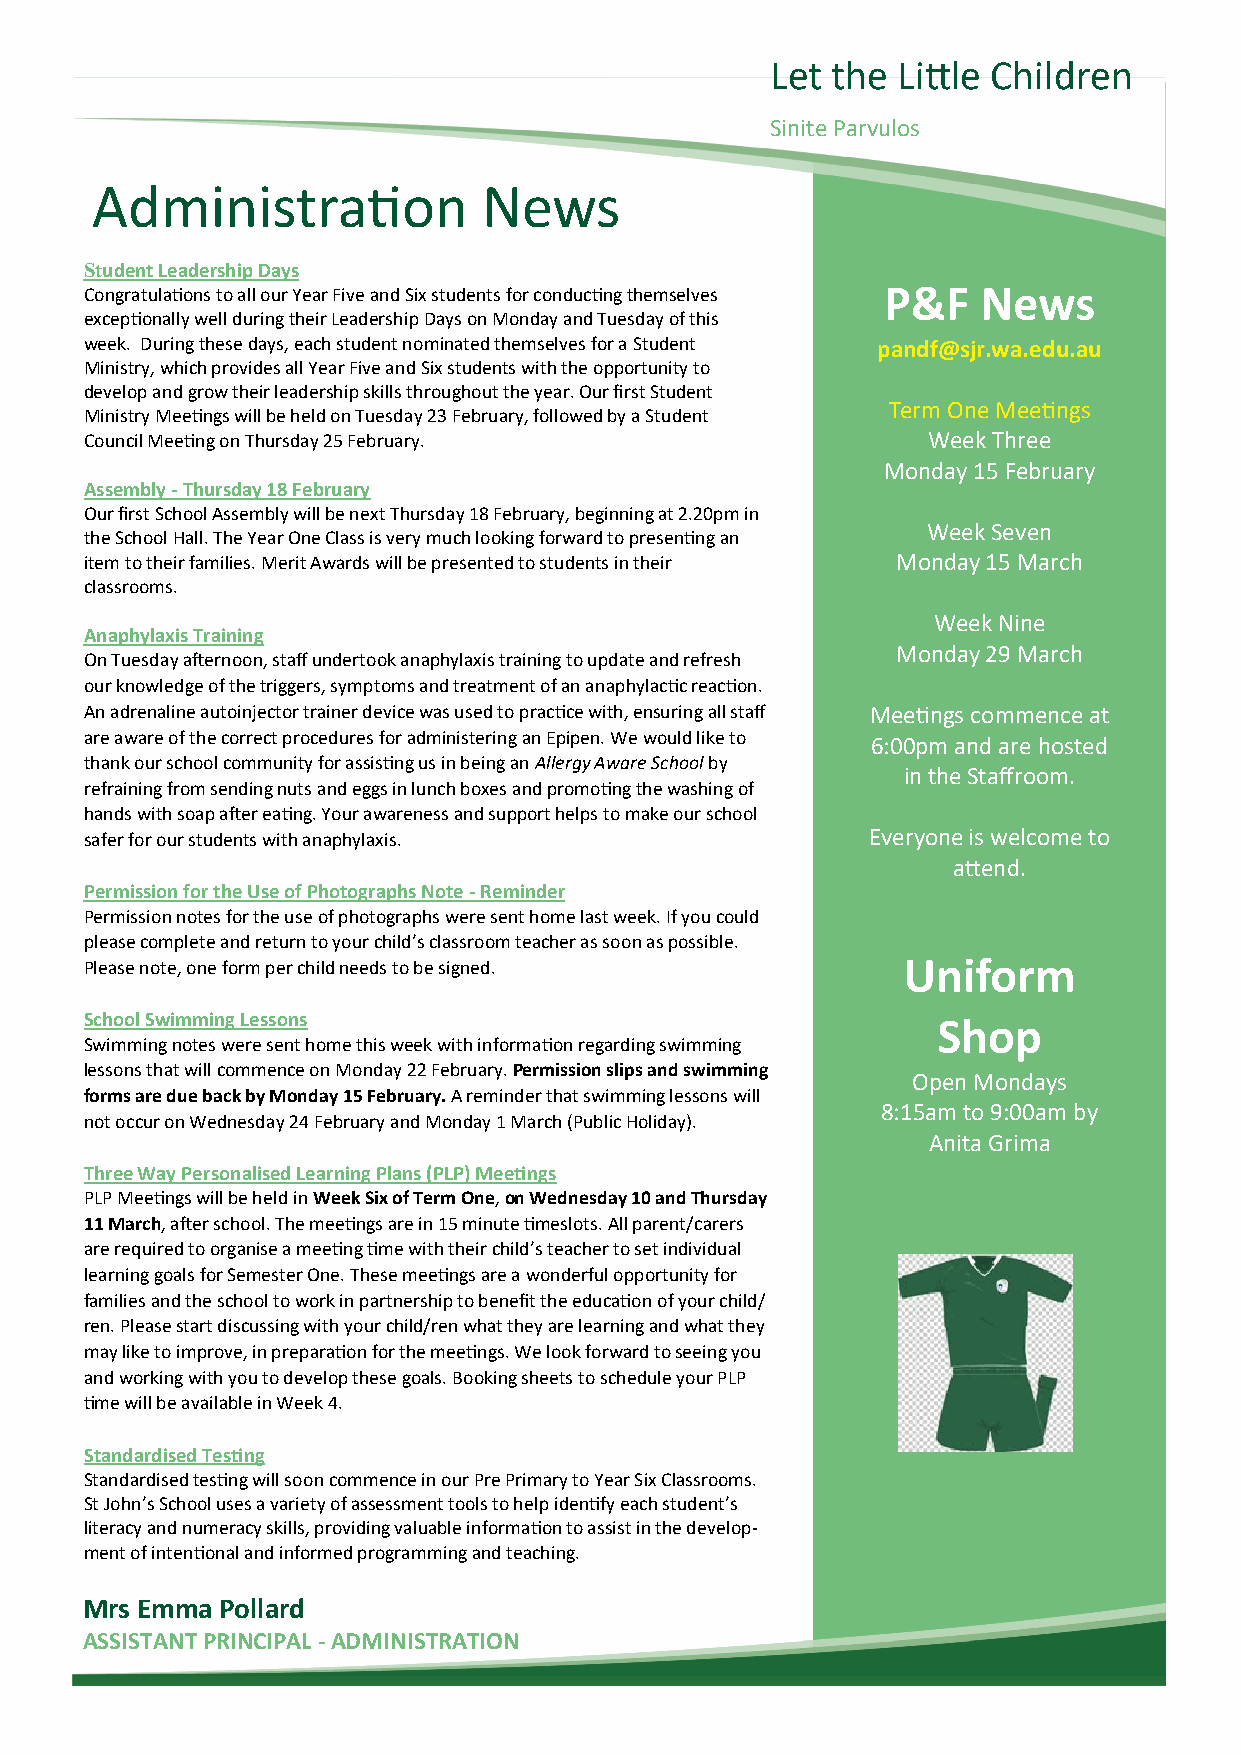
Let the Little Children
 Sinite Parvulos
 Administration            News
 Student Leadership Days
 Congratulations to all our Year Five and Six students for conducting themselves P&F News
 exceptionally well during their Leadership Days on Monday and Tuesday of this
 week. During these days, each student nominated themselves for a Student pandf@sjr.wa.edu.au
 Ministry, which provides all Year Five and Six students with the opportunity to
 develop and grow their leadership skills throughout the year. Our first Student
 Term One Meetings
 Ministry Meetings will be held on Tuesday 23 February, followed by a Student
 Council Meeting on Thursday 25 February.               Week Three
 Monday 15 February
 Assembly - Thursday 18 February
 Our first School Assembly will be next Thursday 18 February, beginning at 2.20pm in
 Week Seven
 the School Hall. The Year One Class is very much looking forward to presenting an
 item to their families. Merit Awards will be presented to students in their Monday 15 March
 classrooms.
 Week Nine
 Anaphylaxis Training
 Monday 29 March
 On Tuesday afternoon, staff undertook anaphylaxis training to update and refresh
 our knowledge of the triggers, symptoms and treatment of an anaphylactic reaction.
 An adrenaline autoinjector trainer device was used to practice with, ensuring all staff Meetings commence at
 are aware of the correct procedures for administering an Epipen. We would like to 6:00pm and are hosted
 thank our school community for assisting us in being an Allergy Aware School by
 in the Staffroom.
 refraining from sending nuts and eggs in lunch boxes and promoting the washing of
 hands with soap after eating. Your awareness and support helps to make our school
 safer for our students with anaphylaxis.           Everyone is welcome to
 attend.
 Permission for the Use of Photographs Note - Reminder
 Permission notes for the use of photographs were sent home last week. If you could
 please complete and return to your child’s classroom teacher as soon as possible.
 Please note, one form per child needs to be signed.   Uniform
 School Swimming Lessons                                 Shop
 Swimming notes were sent home this week with information regarding swimming
 lessons that will commence on Monday 22 February. Permission slips and swimming
 Open Mondays
 forms are due back by Monday 15 February. A reminder that swimming lessons will
 8:15am to 9:00am by
 not occur on Wednesday 24 February and Monday 1 March (Public Holiday).
 Anita Grima
 Three Way Personalised Learning Plans (PLP) Meetings
 PLP Meetings will be held in Week Six of Term One, on Wednesday 10 and Thursday
 11 March, after school. The meetings are in 15 minute timeslots. All parent/carers
 are required to organise a meeting time with their child’s teacher to set individual
 learning goals for Semester One. These meetings are a wonderful opportunity for
 families and the school to work in partnership to benefit the education of your child/
 ren. Please start discussing with your child/ren what they are learning and what they
 may like to improve, in preparation for the meetings. We look forward to seeing you
 and working with you to develop these goals. Booking sheets to schedule your PLP
 time will be available in Week 4.
 Standardised Testing
 Standardised testing will soon commence in our Pre Primary to Year Six Classrooms.
 St John’s School uses a variety of assessment tools to help identify each student’s
 literacy and numeracy skills, providing valuable information to assist in the develop-
 ment of intentional and informed programming and teaching.
 Mrs Emma  Pollard
 ASSISTANT PRINCIPAL - ADMINISTRATION